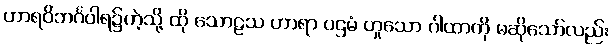
ဟာရဝိဘင်္ဂဝါရ၌ကဲ့သို့ ထို သောဠသ ဟာရာ ပဌမံ ဟူသော ဂါထာကို မဆိုသော်လည်း